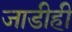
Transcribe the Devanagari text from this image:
जाडीही